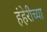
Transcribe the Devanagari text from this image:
हंहेरीच्या